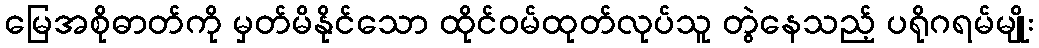
မြေအစိုဓာတ်ကို မှတ်မိနိုင်သော ထိုင်ဝမ်ထုတ်လုပ်သူ တွဲနေသည့် ပရိုဂရမ်မျိုး